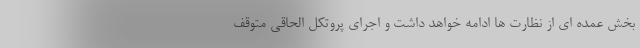
بخش عمده ای از نظارت ها ادامه خواهد داشت و اجرای پروتکل الحاقی متوقف